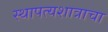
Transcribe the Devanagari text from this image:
स्थापत्यशात्राचा